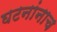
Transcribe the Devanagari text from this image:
घटनांनाच